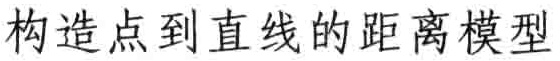
构造点到直线的距离模型